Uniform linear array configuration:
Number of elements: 12
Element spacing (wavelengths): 1
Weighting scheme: hamming
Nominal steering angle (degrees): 30
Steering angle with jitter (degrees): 29.924
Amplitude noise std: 0.05
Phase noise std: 0.05

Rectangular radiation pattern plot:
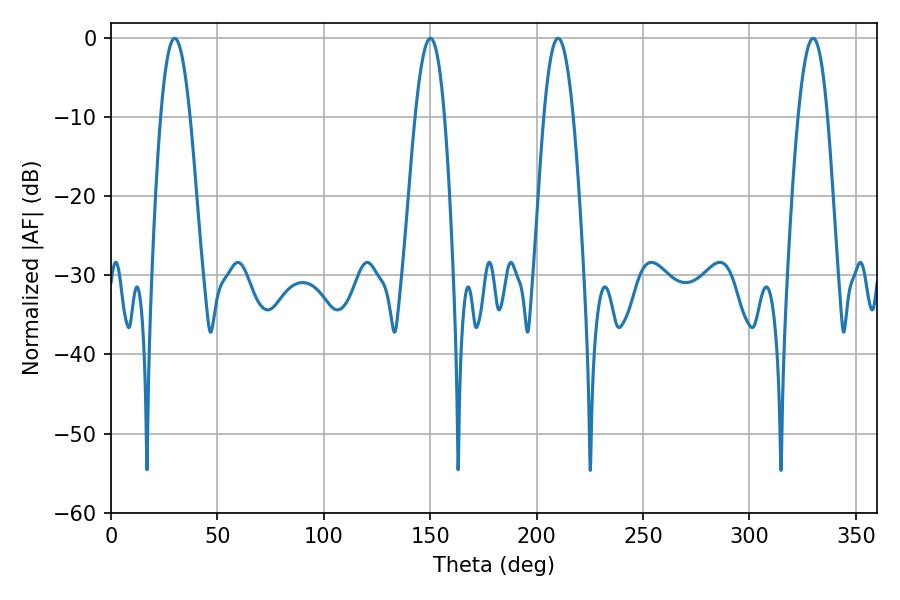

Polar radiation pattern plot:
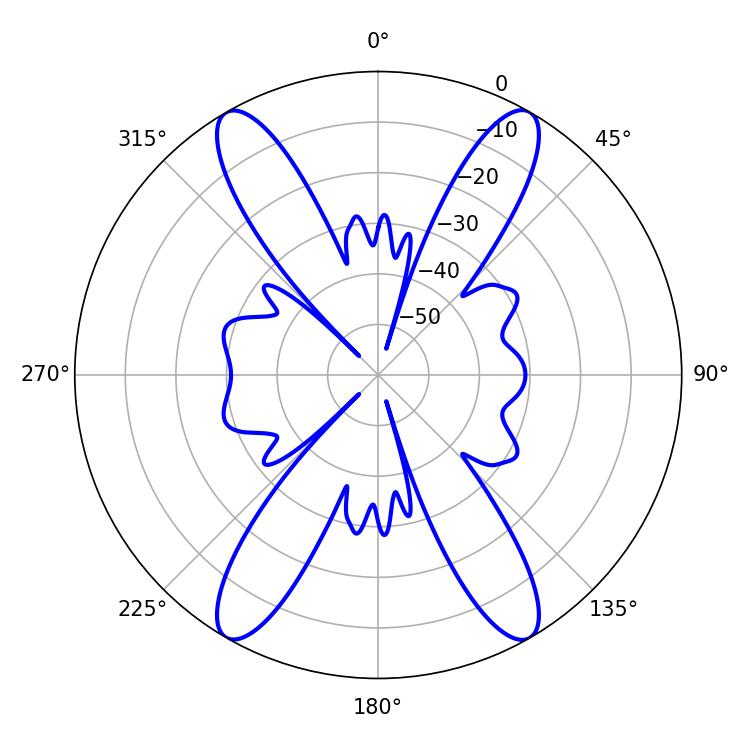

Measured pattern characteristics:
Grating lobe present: TRUE
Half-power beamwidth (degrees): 7.56
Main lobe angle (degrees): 210.06